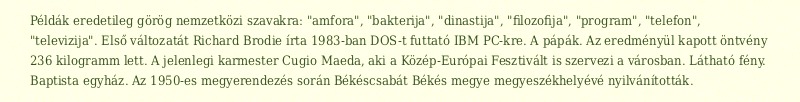
Példák eredetileg görög nemzetközi szavakra: "amfora", "bakterija", "dinastija", "filozofija", "program", "telefon", "televizija". Első változatát Richard Brodie írta 1983-ban DOS-t futtató IBM PC-kre. A pápák. Az eredményül kapott öntvény 236 kilogramm lett. A jelenlegi karmester Cugio Maeda, aki a Közép-Európai Fesztivált is szervezi a városban. Látható fény. Baptista egyház. Az 1950-es megyerendezés során Békéscsabát Békés megye megyeszékhelyévé nyilvánították.